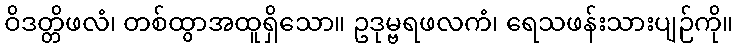
ဝိဒတ္တိဖလံ၊ တစ်ထွာအထူရှိသော။ ဥဒုမ္ဗရဖလကံ၊ ရေသဖန်းသားပျဉ်ကို။